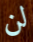
لن